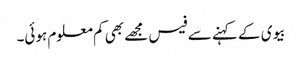
بیوی کے کہنے سے فیس مجھے بھی کم معلوم ہوئی۔